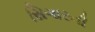
સિગારની